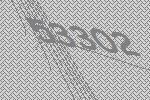
53302